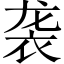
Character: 袭